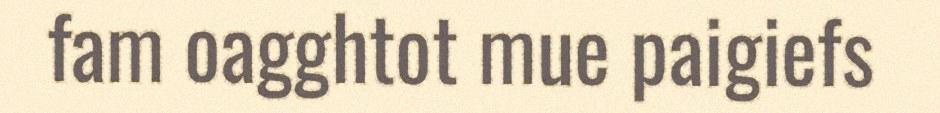
fam oagghtot mue paigiefs